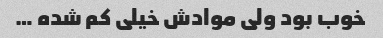
خوب بود ولی موادش خیلی کم شده …